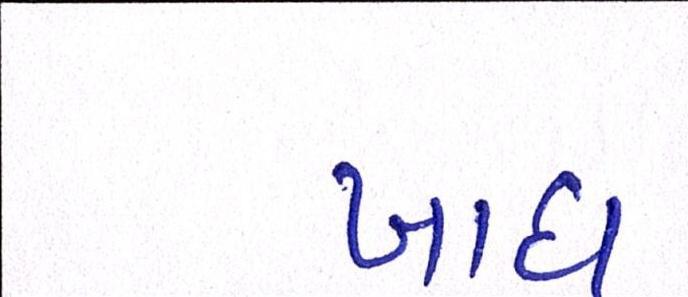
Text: ખાધ